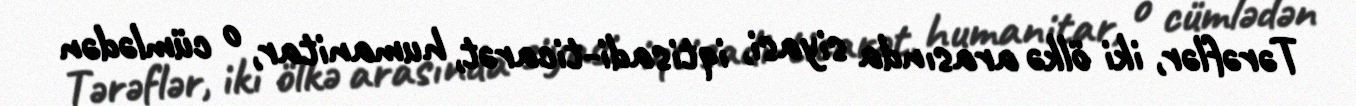
Tərəflər, iki ölkə arasında siyasi, iqtisadi-ticarət, humanitar, o cümlədən